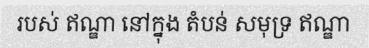
របស់ ឥណ្ឌា នៅក្នុង តំបន់ សមុទ្រ ឥណ្ឌា